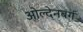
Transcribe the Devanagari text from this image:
ओल्देनबर्ग